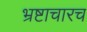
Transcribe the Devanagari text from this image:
भ्रष्टाचारच